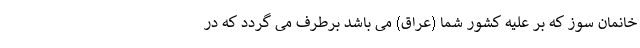
خانمان سوز که بر علیه کشور شما (عراق) می باشد برطرف می گردد که در